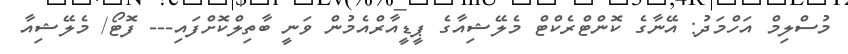
މުސްލިމް އަހްމަދު: އޭނާގެ ކޮންޓްރެކްޓް މެލޭޝިއާގެ ޕީީޑީއާރްއެމުން ވަނީ ބާތިލްކޮށްފައި--- ފޮޓޯ/ މެލޭޝިއާ